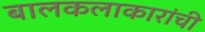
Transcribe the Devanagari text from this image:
बालकलाकारांची